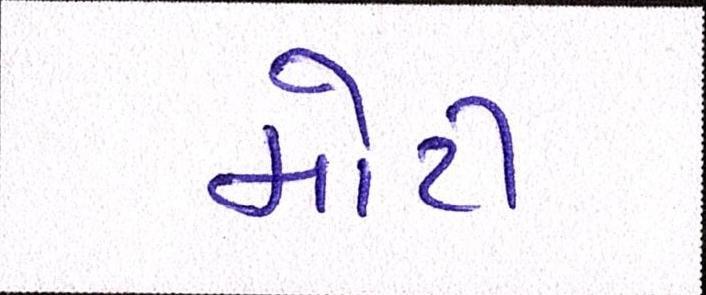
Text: મોટી